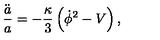
\frac { \ddot { a } } { a } = - \frac { \kappa } { 3 } \left( { \dot { \phi } } ^ { 2 } - V \right) ,